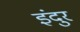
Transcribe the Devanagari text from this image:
इंदुर